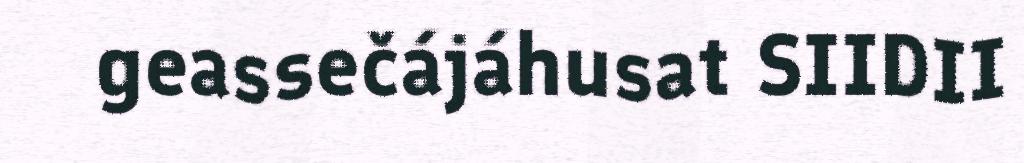
geassečájáhusat SIIDII